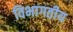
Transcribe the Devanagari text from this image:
विभागतीय